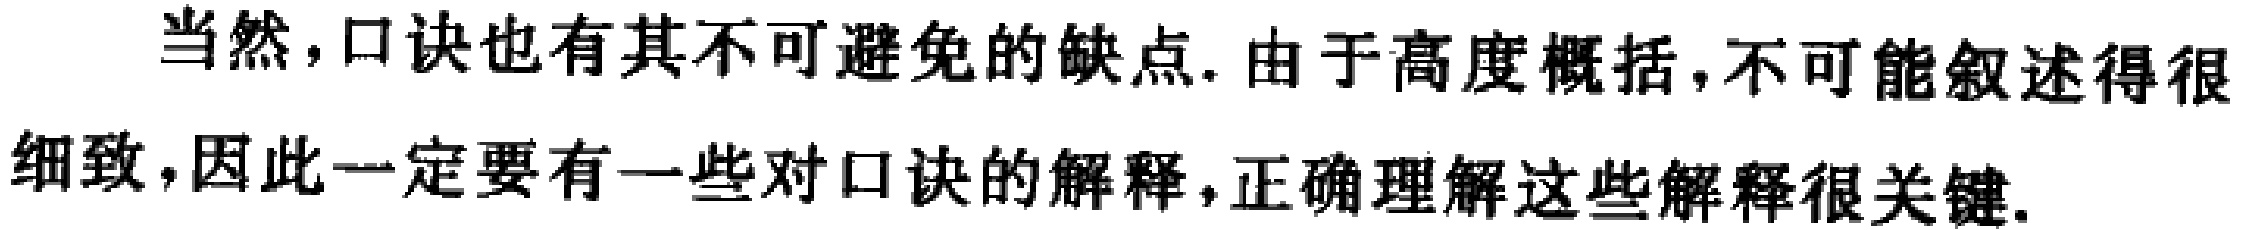
当然，口诀也有其不可避免的缺点. 由于高度概括，不可能叙述得很细致，因此一定要有一些对口诀的解释，正确理解这些解释很关键.